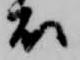
衣